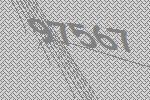
97567